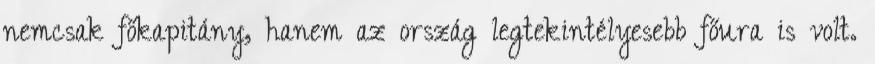
nemcsak főkapitány, hanem az ország legtekintélyesebb főura is volt.